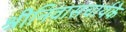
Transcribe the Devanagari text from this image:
श्रीनिवासचार्यके